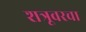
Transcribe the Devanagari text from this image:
शत्रूवरचा